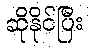
ဆိုနိုင်ပြီး